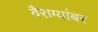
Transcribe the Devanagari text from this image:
वैराग्यांबर